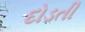
દોડતી